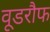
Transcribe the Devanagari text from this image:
वूडरौफ